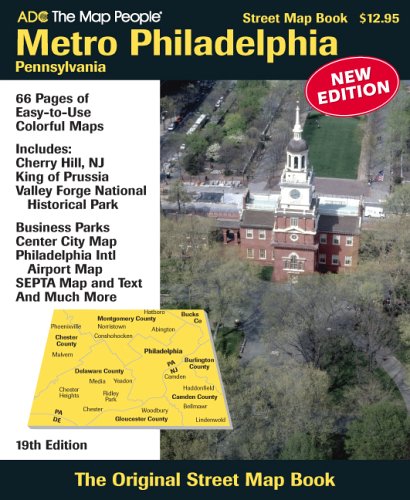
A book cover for Metro Philadelphia, Pa Atlas; Travel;